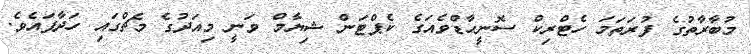
މުބާރާތުގެ ފުރަތަމަ ހެޓްރިކް ސޮނީހާޑްވެއަގެ ކެޕްޓަން ޝިޔާމް ވަނީ މިއަދުގެ މެޗްގައި ހަދާފައެވެ.